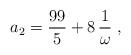
LaTeX: \begin{align*}a_2= {\displaystyle \frac {99}{5}} +8\,{\displaystyle \frac {1}{{ \omega}}}\;,\end{align*}